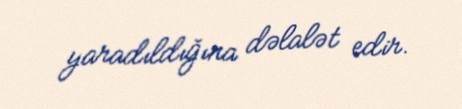
yaradıldığına dəlalət edir.